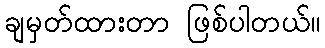
ချမှတ်ထားတာ ဖြစ်ပါတယ်။